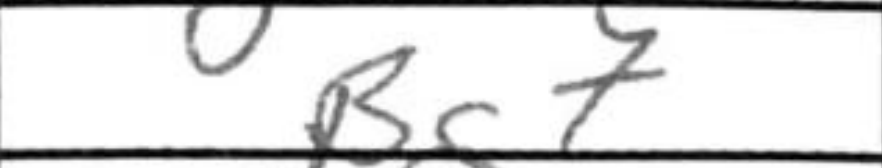
Transcription: Bc7